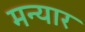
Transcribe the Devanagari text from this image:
मन्यार